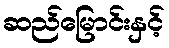
ဆည်မြောင်းနှင့်